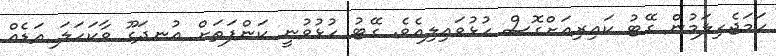
ހަމަޖެހިލަމުން ގޭޓު ކައިރިއަށްގޮސް ހުޅުވައިލިއެވެ. ގޭޓު ހުޅުވުނީ ކަންފަތަށް އުނދަގޫ ވާކަހަލަ އަޑެއް